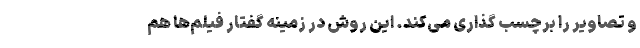
و تصاویر را برچسب گذاری می‌کند. این روش در زمینه گفتار فیلم‌ها هم